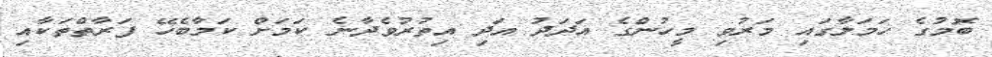
ބޮމުގެ ހަމަލާގައި މަރުވި މީހުންގެ އަދަދު އަދި އިތުރުވެދާނެ ކަމަށް ކަމާބެހޭ ފަރާތްތަކާއި